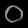
Digit: ၀